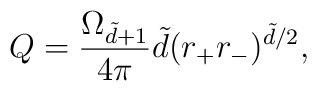
Q=\frac{\Omega _{\tilde{d}+1}}{4\pi}\tilde{d}(r_+r_-)^{\tilde{d}/2},